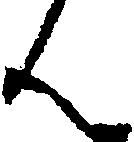
ん